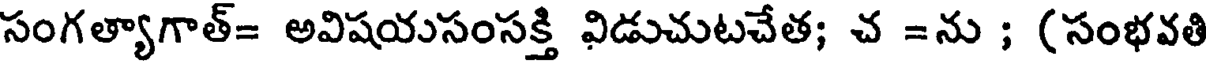
సంగత్యాగాత్= అవిషయసంసక్తి విడుచుటచేత; చ =ను ; (సంభవతి